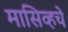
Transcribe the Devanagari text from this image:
मासिव्हचे